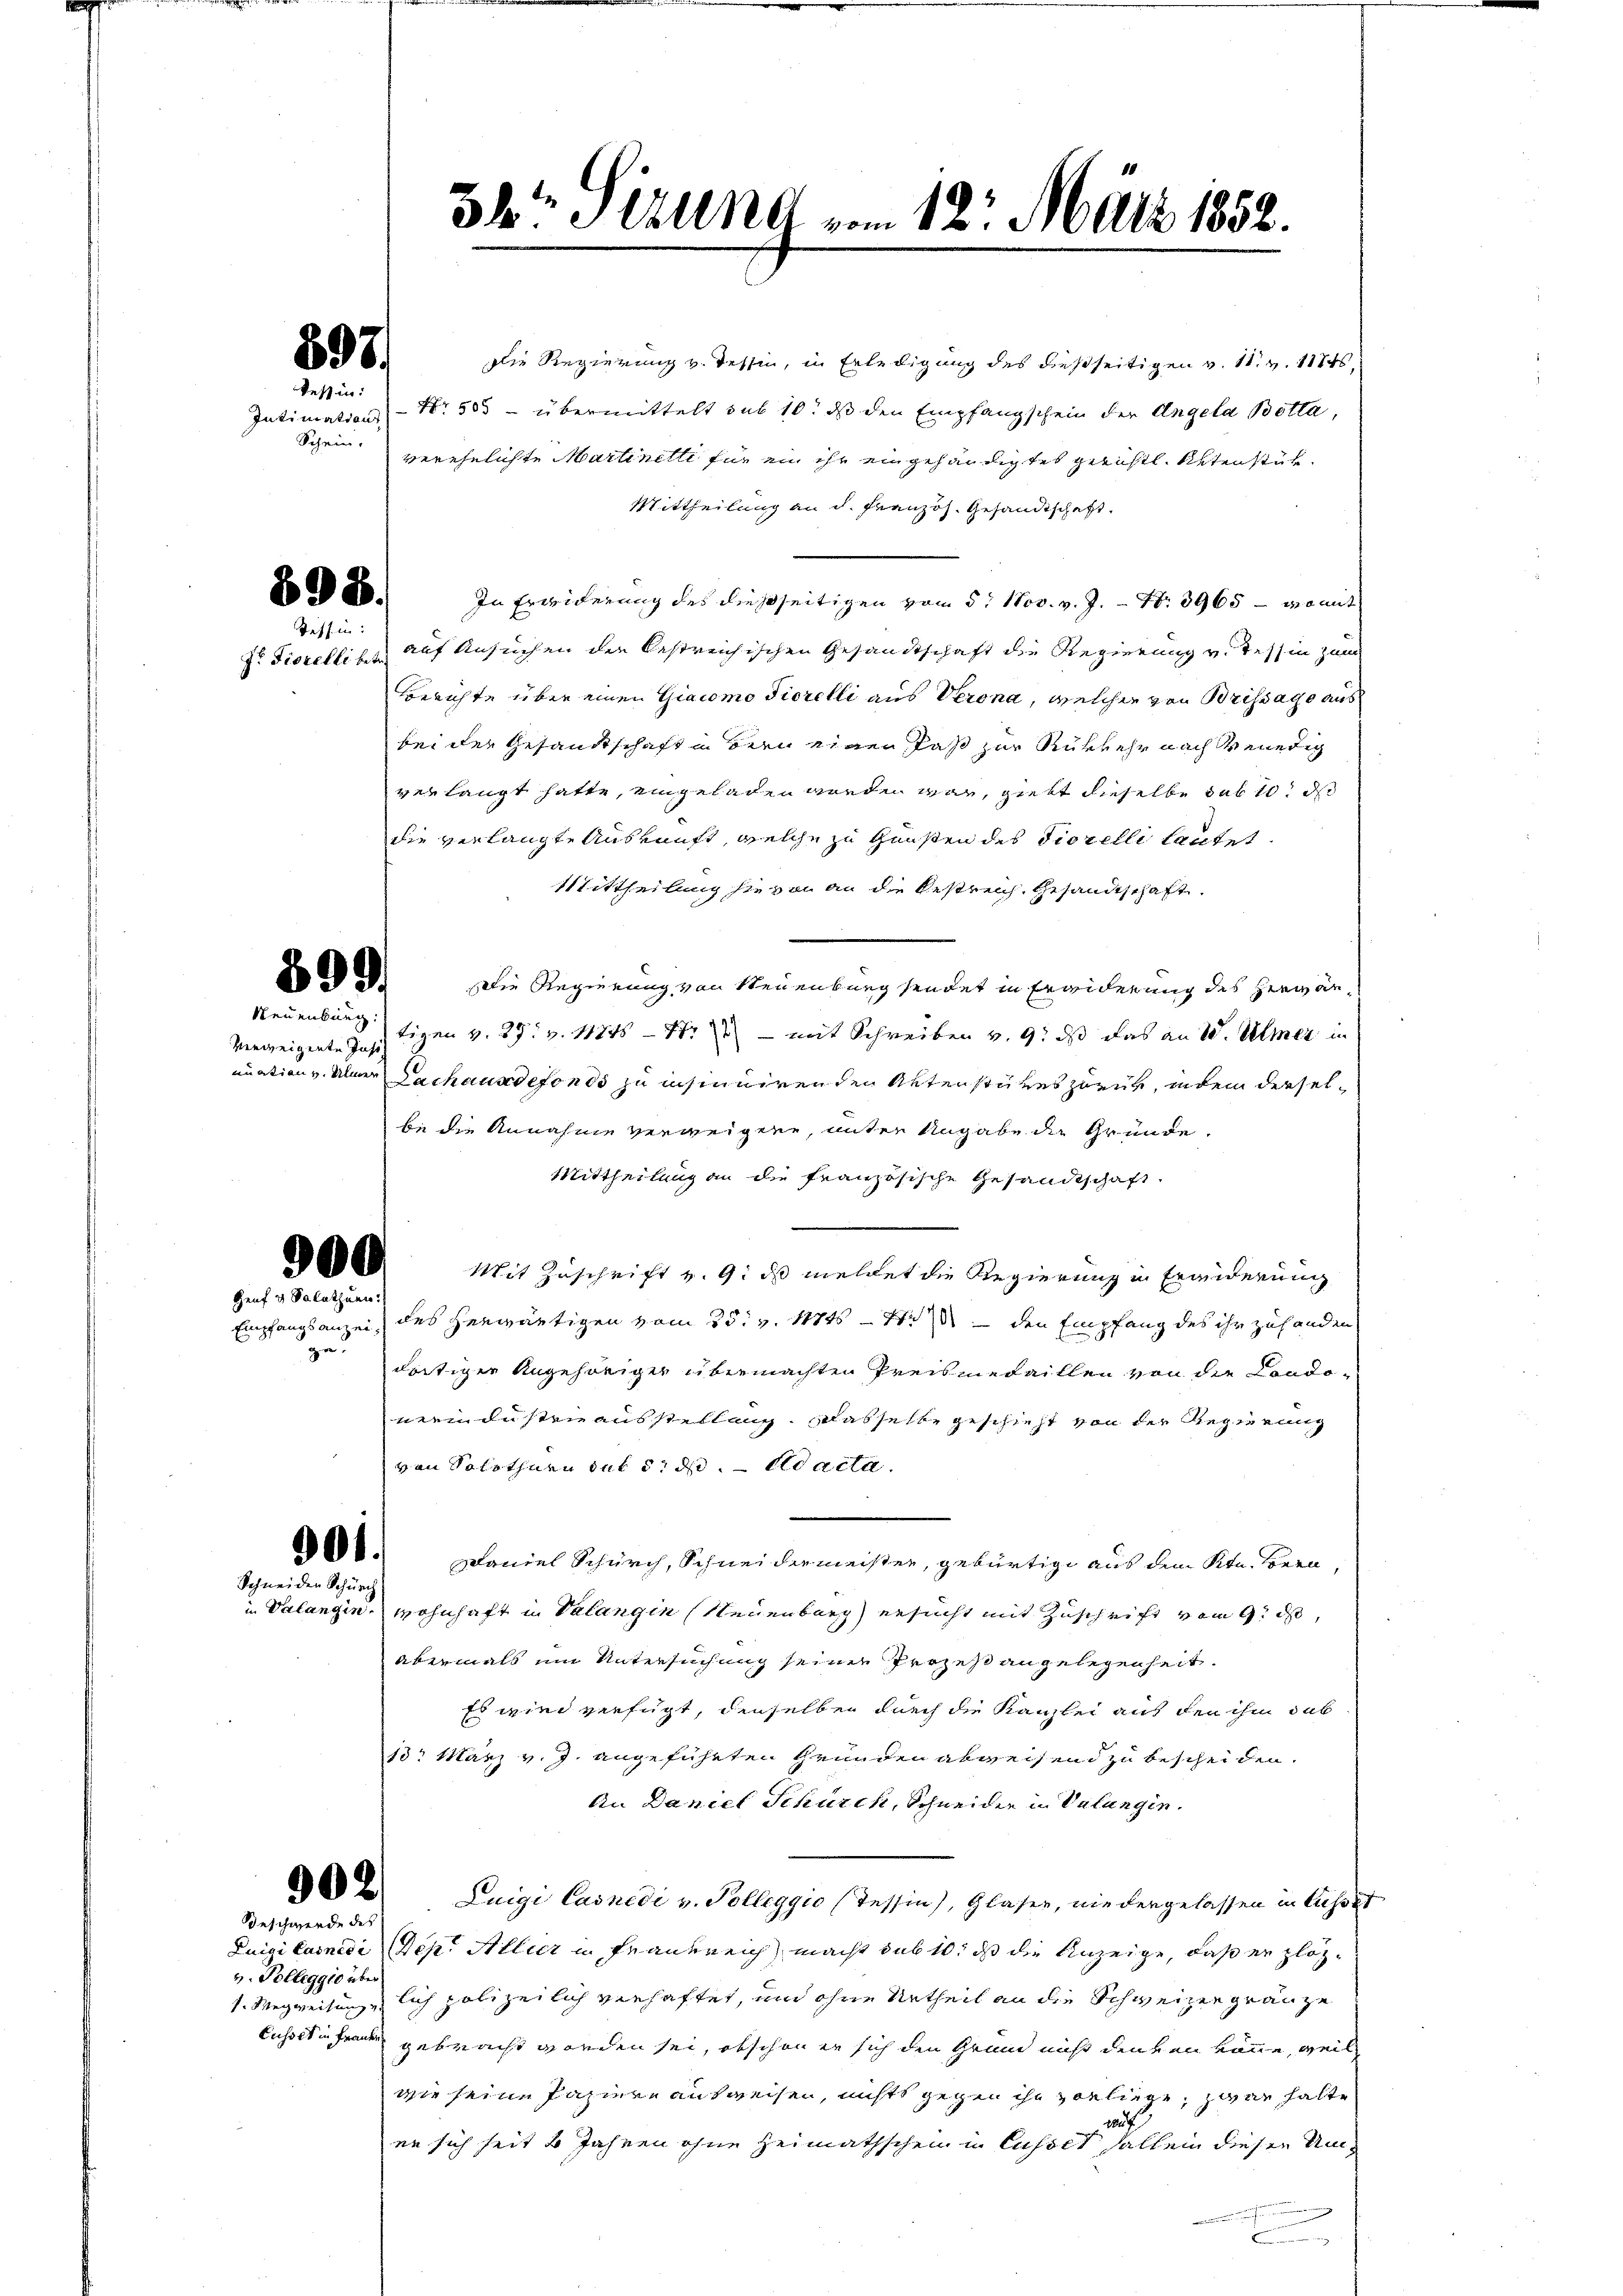
897.

Tessin:
Intimation
Schein.

698.
Teff in:
Dr. Fiorelli betr.

399
Neuenburg:

verweigente Just

900.
Genf v. Salathuen:
za

Schneiden Schürch

Beschwerde des

v. Polleggio über

die Regierung v. Tessin, in Erledigung des dießseitigen v. 11. v. 11845,
Nr. 503 - übermittelt sub 10. ds den Empfangschein der Angela Botta,
verehelichte Martinetti für ein ihr eingehändigtes gerichtl. Petenstük¬
Mittheilung an d. Französ. Gesandtschaft
In Erwiderung des dießseitigen vom 5. Nov. v. J. Nr. 3965 – womit
auf Ansuchen die bestreichischen Gesandtschaft die Regierung v. Tessin zum
Berichte über einen Giacomo Fiorelli aus Verona, welcher von Brissage aus
bei der Gesandtschaft in Bern einen Paß zur Rükkehr nach Venedig
verlangt hatte, eingeladen worden war, giebt dieselbe sub 10 d
die verlangte Auskunft, welche zu Gunsten des Fiorelli lautet.
Mittheilung sie von an die Bestreich, Gesandtschaft.
Die Regierung von Neuenburg sendet in Erwiderung des Herr antigen v. 29. v. 11845 — Nr 11 - mit Schreiben v. 9. ds das an W. Ulmer in
nuation v. Aber Lachanndefonds zu insinuirenden Aktensteres zuzur, indem derselbe die Annahme verweigene, unter Angabe die Gründe.
Mittheilung an die französische Gesandtschaft.
Mit Zuschrift v. 9. ds meldet die Regierung in Bränderung
Empfangsanzei, des herwärtigen vom 25. v. Mts. — Was den Empfang des ihr zuhanden
dortiger Angehöriger übermachten Preismedaillen von die Condo-
nenindustrie ausstellung. Dasselbe geschieht von der Regierung
von Solothurn auf d. d. ad acta.
600. Daniel Schürch, Schneidermeister, gebürtige aus dem Ktn. Bern,
i Valanginwohnhaft in Valangin Neuenburg ersucht mit Zuschrift vom 9. ds,
abermals um Untersuchung seiner Prozeß angelegenheit.
Es wird verfügt, denselben durch die Kanzlei auf den ihm dab
13. März v. J. angeführten Gründen abweisend zu bescheiden.
An Daniel Schürch, Schneider in Valangin.
2 Luigi Casnedi v. Polleggio (Tessin), Glaser, nie dergelassen in Ausset
Luigi Carnedi Dep. Allier in Frauereich macht sub 10. ds die Anzeige, daß er plöz¬
1. Wegweitung lich polizeilich verhaftet, und ohne Urtheil an die Schweizer gränze
Cusset in Frauen gebracht worden sei, obschon er sich den Grund nicht denken könne, weil
wie seine Papiere ausweisen, nichts gegen ihn vorliege, zwar halte
t
er sich heit 4 Jahren ohne Heimathschein in Ausset halten dieser Umt

34 Stund vom 12. März 1852.